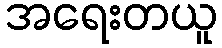
အရေးတယူ